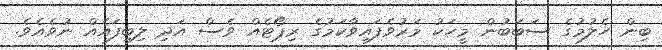
ބިން ހެލުމުގެ ސަބަބުން މީހަކު މަރުވެފައިވާކަމުގެ ރިޕޯޓެއް ވެސް އަދި ލިބިފައެއް ނުވެއެވެ.